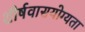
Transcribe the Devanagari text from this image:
शीर्षवासयोग्यता